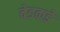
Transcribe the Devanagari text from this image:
वेडकडे